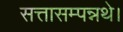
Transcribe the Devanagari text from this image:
सत्तासम्पन्नथे।